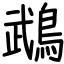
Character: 鵡